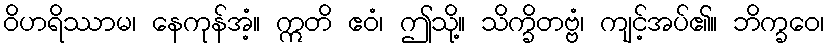
ဝိဟရိဿာမ၊ နေကုန်အံ့။ ဣတိ ဧဝံ၊ ဤသို့။ သိက္ခိတဗ္ဗံ၊ ကျင့်အပ်၏။ ဘိက္ခဝေ၊